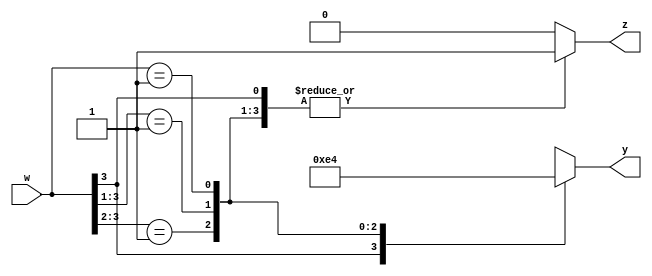
module priority_encoder(w,y,z);
input [3:0]w;
output reg [1:0]y;
output reg z;
always @(w)
begin 
z = 1;
casex (w)
4'b1xxx: y = 2'b11;
4'b01xx: y = 2'b10;
4'b001x: y = 2'b01;
4'b0001: y = 2'b00;
default: begin
z = 0;
y = 2'bx;
end
endcase
end
endmodule